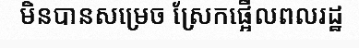
មិនបានសម្រេច ស្រែកផ្អើលពលរដ្ឋ